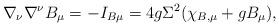
LaTeX: \begin{align*}\nabla_\nu \nabla ^\nu B_\mu =-I_{B\mu }=4g\Sigma ^2 (\chi_{B,\mu} + g B_\mu),\end{align*}